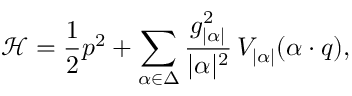
\mathcal { H } = { \frac { 1 } { 2 } } p ^ { 2 } + \sum _ { \alpha \in \Delta } { \frac { g _ { | \alpha | } ^ { 2 } } { | \alpha | ^ { 2 } } } \, V _ { | \alpha | } ( \alpha \cdot q ) ,